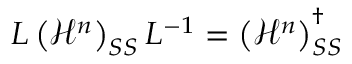
L \left( \mathcal { H } ^ { n } \right) _ { S S } L ^ { - 1 } = \left( \mathcal { H } ^ { n } \right) _ { S S } ^ { \dagger }